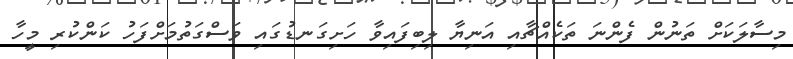
މިސާލަކަށް ތަނުން ފެންނަ ތަކެއްޗާއި އަނިޔާ ލިބިފައިވާ ހަށިގަނޑުގައި ވަސްގަތުމަށްފަހު ކަންކުރި މީހާ